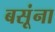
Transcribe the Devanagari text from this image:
बसूंना